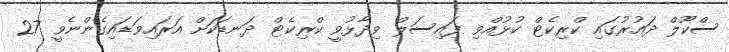
ސްކޫލް ދައުރުގައި ކްރިކެޓް ކުޅުއްވި ފައިސަލް ވިދާޅުވީ ކްރިކެޓް ދަނޑަކަށް އަރައިވަޑައިގެންނެވީ 27